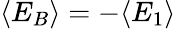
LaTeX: \langle E_{B}\rangle=-\langle E_{1}\rangle